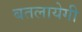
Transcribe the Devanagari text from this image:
बतलायेगी